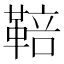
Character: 鞛